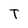
Character: T